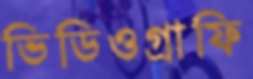
ভিডিওগ্রাফি